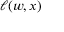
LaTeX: \ell ( w , x )